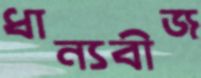
ধান্যবীজ